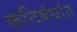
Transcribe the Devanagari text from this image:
कटिबंधांत